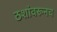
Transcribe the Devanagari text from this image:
ठशांवरूनच